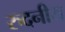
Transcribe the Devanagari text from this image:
रुदनीय